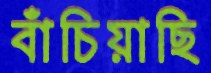
বাঁচিয়াছি